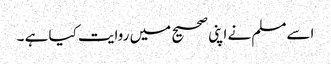
اسےمسلم نے اپنی صحیح میں روایت کیا ہے ۔